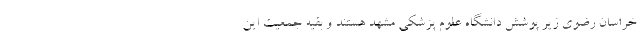
خراسان رضوی زیر پوشش دانشگاه علوم پزشکی مشهد هستند و بقیه جمعیت این